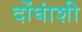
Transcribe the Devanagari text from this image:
दोंघांशी